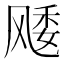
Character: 𱃜